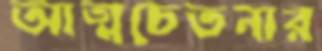
আত্মচেতনার